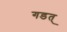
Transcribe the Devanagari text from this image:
गडत्